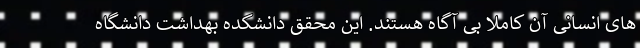
های انسانی آن کاملا بی آگاه هستند. این محقق دانشکده بهداشت دانشگاه